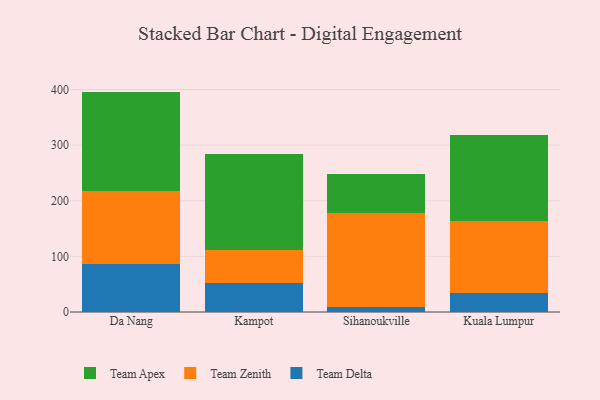
{"axis": {"x": "City", "y": "Revenue (USD Million)"}, "legend": ["Team Apex", "Team Delta", "Team Zenith"], "data": [{"x": "Da Nang", "y": 85.4, "type": "Team Delta"}, {"x": "Da Nang", "y": 131.5, "type": "Team Zenith"}, {"x": "Da Nang", "y": 179.3, "type": "Team Apex"}, {"x": "Kampot", "y": 51.9, "type": "Team Delta"}, {"x": "Kampot", "y": 59.9, "type": "Team Zenith"}, {"x": "Kampot", "y": 171.7, "type": "Team Apex"}, {"x": "Sihanoukville", "y": 9.7, "type": "Team Delta"}, {"x": "Sihanoukville", "y": 168.9, "type": "Team Zenith"}, {"x": "Sihanoukville", "y": 70.1, "type": "Team Apex"}, {"x": "Kuala Lumpur", "y": 34.5, "type": "Team Delta"}, {"x": "Kuala Lumpur", "y": 128.3, "type": "Team Zenith"}, {"x": "Kuala Lumpur", "y": 154.9, "type": "Team Apex"}]}